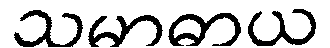
သမာဓာယ